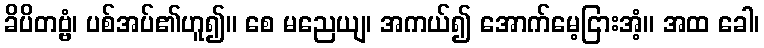
ခိပိတဗ္ဗံ၊ ပစ်အပ်၏ဟူ၍။ စေ မညေယျ၊ အကယ်၍ အောက်မေ့ငြားအံ့။ အထ ခေါ၊